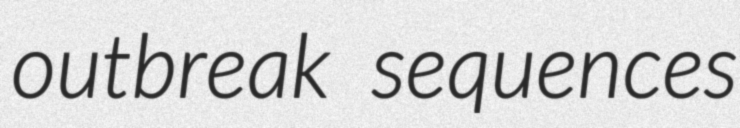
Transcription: outbreak sequences